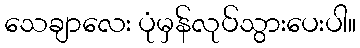
သေချာလေး ပုံမှန်လုပ်သွားပေးပါ။